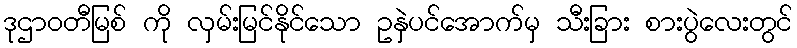
ဒုဌာဝတီမြစ် ကို လှမ်းမြင်နိုင်သော ဥနှဲပင်အောက်မှ သီးခြား စားပွဲလေးတွင်